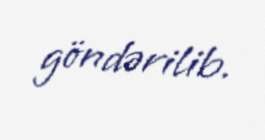
göndərilib.